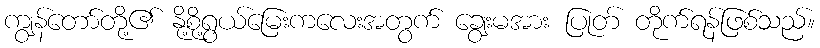
ကျွန်တော်တို့၏ နို့စို့ရွယ်မြေးကလေးအတွက် ချွေးမအား ပြုတ် တိုက်ရန်ဖြစ်သည်။